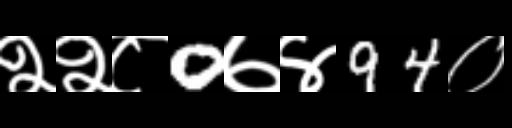
Text: २२८0७४94०